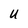
Character: u